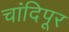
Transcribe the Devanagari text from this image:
चांदिपूर